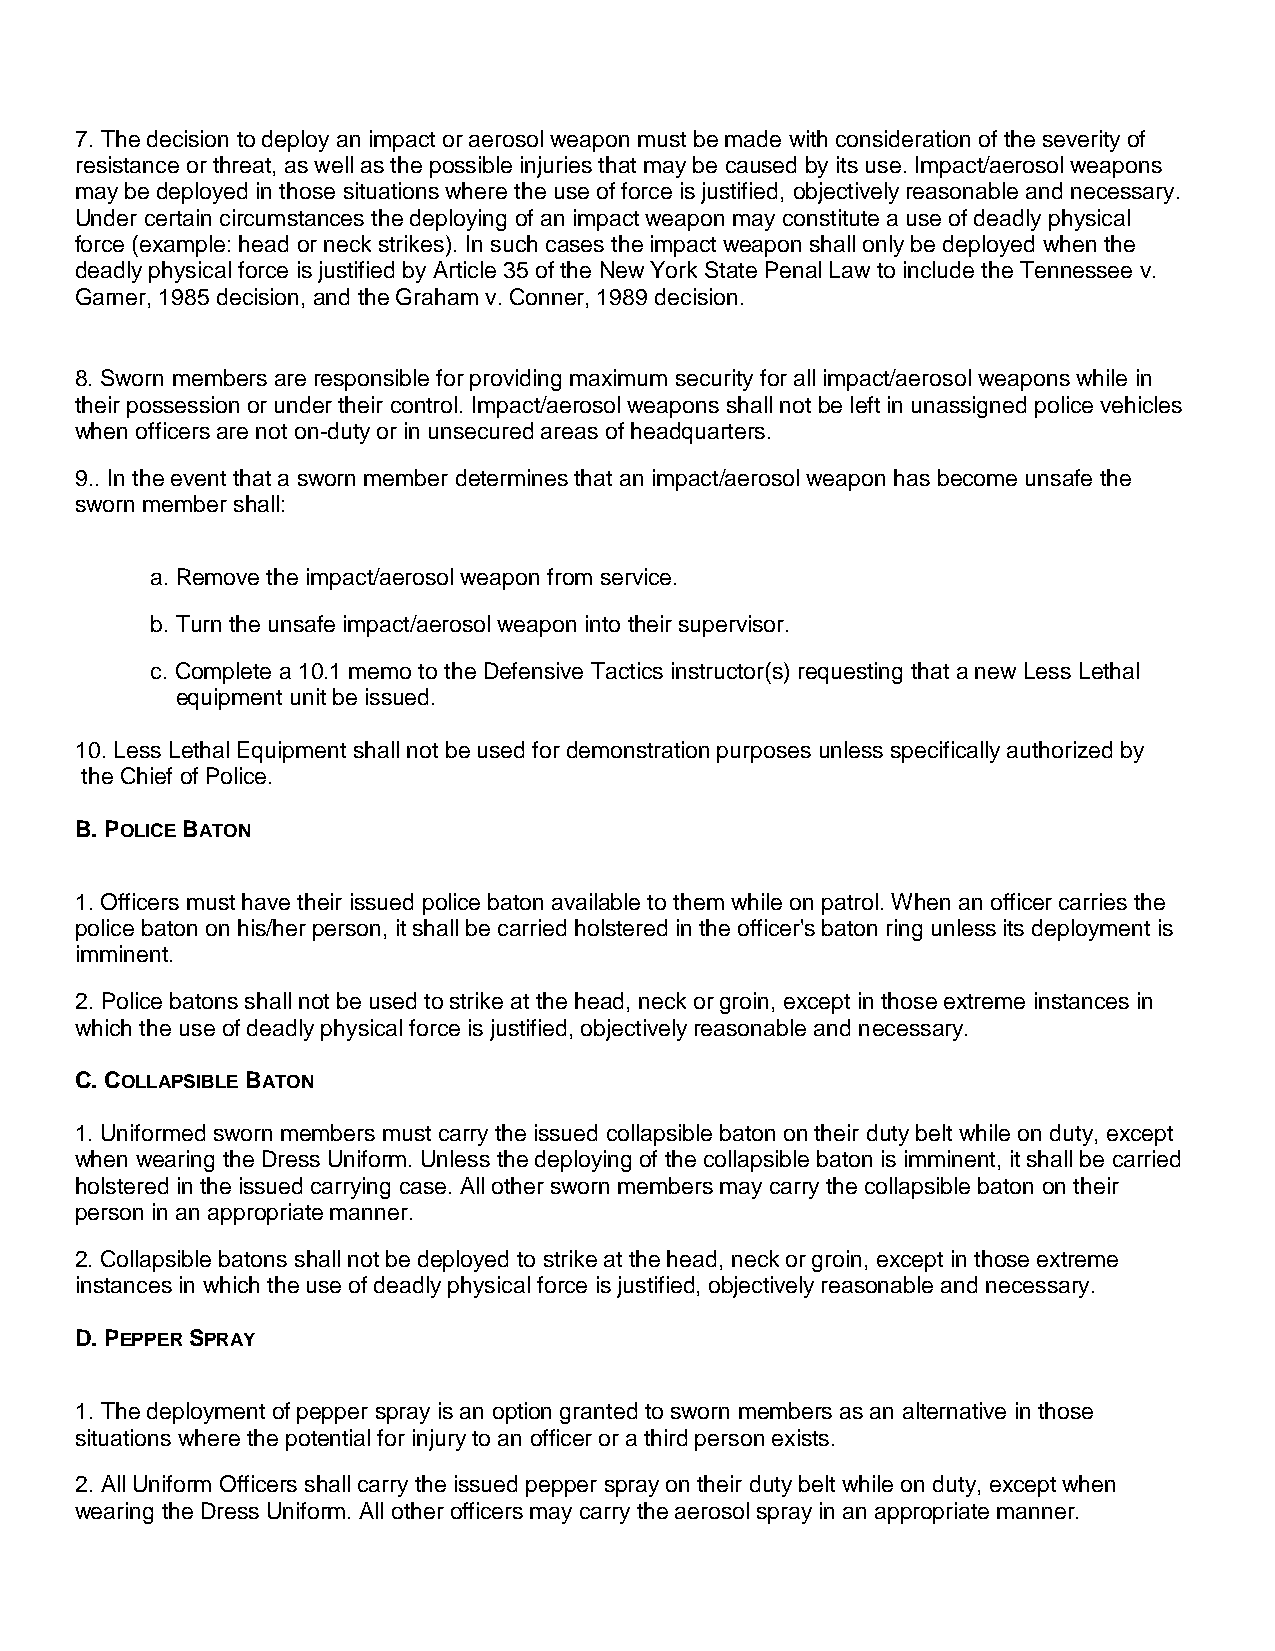
7. The decision to deploy an impact or aerosol weapon must be made with consideration of the severity of
 resistance or threat, as well as the possible injuries that may be caused by its use. Impact/aerosol weapons
 may be deployed in those situations where the use of force is justified, objectively reasonable and necessary.
 Under certain circumstances the deploying of an impact weapon may constitute a use of deadly physical
 force (example: head or neck strikes). In such cases the impact weapon shall only be deployed when the
 deadly physical force is justified by Article 35 of the New York State Penal Law to include the Tennessee v.
 Garner, 1985 decision, and the Graham v. Conner, 1989 decision.
 8. Sworn members are responsible for providing maximum security for all impact/aerosol weapons while in
 their possession or under their control. Impact/aerosol weapons shall not be left in unassigned police vehicles
 when officers are not on-duty or in unsecured areas of headquarters.
 9.. In the event that a sworn member determines that an impact/aerosol weapon has become unsafe the
 sworn member shall:
 a. Remove the impact/aerosol weapon from service.
 b. Turn the unsafe impact/aerosol weapon into their supervisor.
 c. Complete a 10.1 memo to the Defensive Tactics instructor(s) requesting that a new Less Lethal
 equipment unit be issued.
 10. Less Lethal Equipment shall not be used for demonstration purposes unless specifically authorized by
 the Chief of Police.
 B. POLICE BATON
 1. Officers must have their issued police baton available to them while on patrol. When an officer carries the
 police baton on his/her person, it shall be carried holstered in the officer's baton ring unless its deployment is
 imminent.
 2. Police batons shall not be used to strike at the head, neck or groin, except in those extreme instances in
 which the use of deadly physical force is justified, objectively reasonable and necessary.
 C. COLLAPSIBLE BATON
 1. Uniformed sworn members must carry the issued collapsible baton on their duty belt while on duty, except
 when wearing the Dress Uniform. Unless the deploying of the collapsible baton is imminent, it shall be carried
 holstered in the issued carrying case. All other sworn members may carry the collapsible baton on their
 person in an appropriate manner.
 2. Collapsible batons shall not be deployed to strike at the head, neck or groin, except in those extreme
 instances in which the use of deadly physical force is justified, objectively reasonable and necessary.
 D. PEPPER SPRAY
 1. The deployment of pepper spray is an option granted to sworn members as an alternative in those
 situations where the potential for injury to an officer or a third person exists.
 2. All Uniform Officers shall carry the issued pepper spray on their duty belt while on duty, except when
 wearing the Dress Uniform. All other officers may carry the aerosol spray in an appropriate manner.